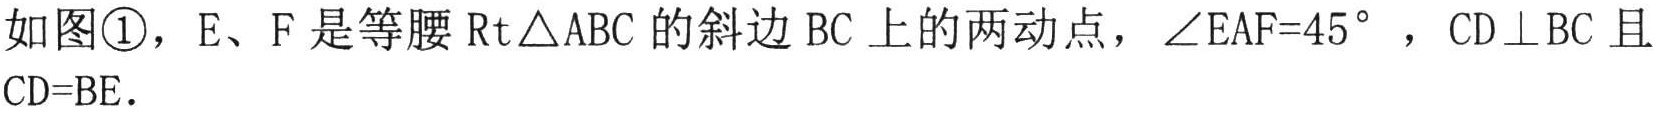
如图\textcircled{1}，E、F是等腰\(\text{Rt}\triangle ABC\)的斜边BC上的两动点，\(\angle EAF = 45^{\circ}\)，\(CD\perp BC\)且\(CD = BE\).